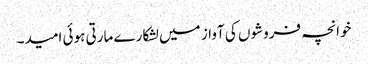
خوانچہ فروشوں کی آواز میں لشکارے مارتی ہوئی امید۔